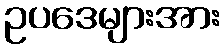
ဥပဒေများအား